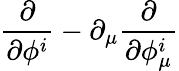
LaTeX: \frac{\partial}{\partial\phi^{i}}-\partial_{\mu}\frac{\partial}{\partial\phi_{\mu}^{i}}